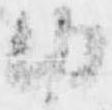
内